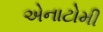
એનાટોમી